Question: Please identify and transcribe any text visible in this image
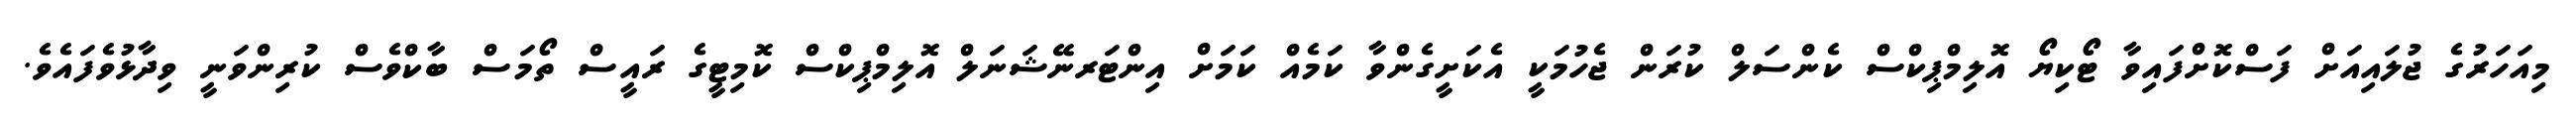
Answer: މިއަހަރުގެ ޖުލައިއަށް ފަސްކޮށްފައިވާ ޓޯކިޔޯ އޮލިމްޕިކްސް ކެންސަލް ކުރަން ޖެހުމަކީ އެކަށީގެންވާ ކަމެއް ކަމަށް އިންޓަރނޭޝަނަލް އޮލިމްޕިކްސް ކޮމިޓީގެ ރައީސް ތޯމަސް ބާކްވެސް ކުރިންވަނީ ވިދާޅުވެފައެވެ.